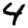
Digit: 4